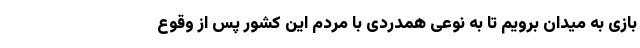
بازی به میدان برویم تا به نوعی همدردی با مردم این کشور پس از وقوع